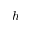
h